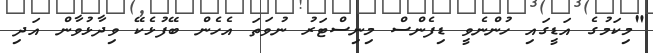
"މިކަމުގެ އަޑީގައި ހުންނެވީ ޑިފެންސް މިނިސްޓަރު ނުވަތަ އެހެން ބޭފުޅެކޭ ވިދާޅުވާން އަދި